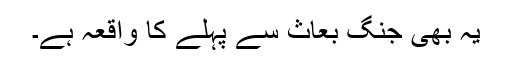
یہ بھی جنگ بُعَاثْ سے پہلے کا واقعہ ہے۔